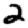
Digit: 2